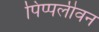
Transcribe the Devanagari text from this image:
पिप्पलीवन